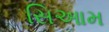
સિઆમ